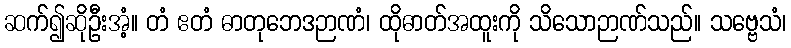
ဆက်၍ဆိုဦးအံ့။ တံ ဧတံ ဓာတုဘေဒဉာဏံ၊ ထိုဓာတ်အထူးကို သိသောဉာဏ်သည်။ သဗ္ဗေသံ၊